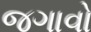
જગાવો